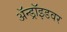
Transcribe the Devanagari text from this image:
ॲन्ड्रॉइडवर